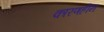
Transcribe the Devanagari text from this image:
कारणहीन